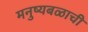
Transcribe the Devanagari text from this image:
मनुष्यबळाची